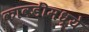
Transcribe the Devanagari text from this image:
कावडींमध्ये